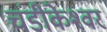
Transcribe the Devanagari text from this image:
चंडीकेश्‍वर